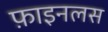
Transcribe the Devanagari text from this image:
फ़ाइनलस